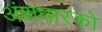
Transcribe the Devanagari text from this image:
अंशधारको